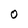
Character: 0